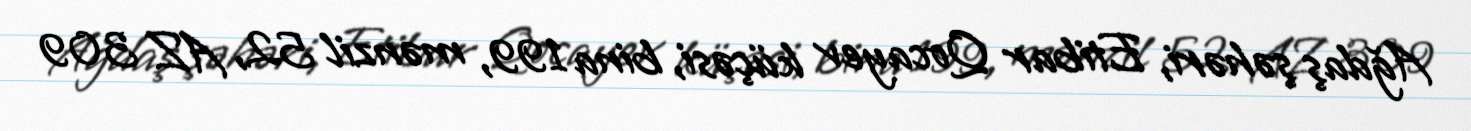
Ağdaş şəhəri, Etibar Qocayev küçəsi, bina 199, mənzil 52, AZ 309